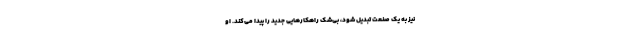
نیز به یک صنعت تبدیل شود، بی‌شک راهکارهایی جدید را پیدا می‌کند. او